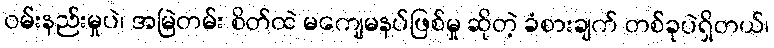
ဝမ်းနည်းမှုပဲ၊ အမြဲတမ်း စိတ်ထဲ မကျေမနပ်ဖြစ်မှု ဆိုတဲ့ ခံစားချက် တစ်ခုပဲရှိတယ်၊